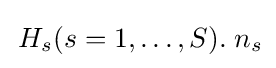
\,H_{s}(s=1,\ldots ,S).\;n_{s}